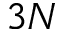
3 N